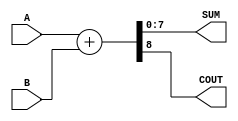
module Parameterized_Adder #(parameter WIDTH = 8) (
    input  [WIDTH-1:0] A,       // First operand
    input  [WIDTH-1:0] B,       // Second operand
    output [WIDTH-1:0] SUM,     // Sum output
    output COUT                  // Carry out (optional)
);

    // Internal signal for the sum
    wire [WIDTH:0] full_sum;     // Extra bit for carry out

    // Behavioral description of the adder
    assign full_sum = {1'b0, A} + {1'b0, B}; // Extending A and B to handle carry
    assign SUM = full_sum[WIDTH-1:0];        // Assign the lower WIDTH bits to SUM
    assign COUT = full_sum[WIDTH];            // Assign the carry-out

endmodule